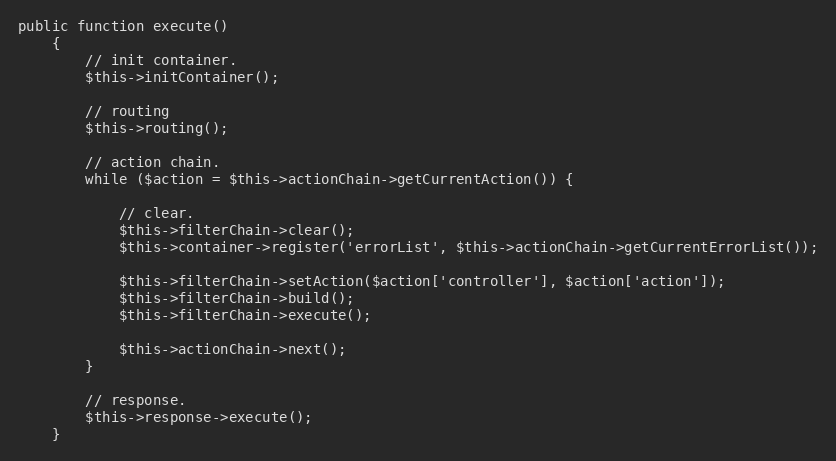
Language: PHP
public function execute()
    {
        // init container.
        $this->initContainer();

        // routing
        $this->routing();

        // action chain.
        while ($action = $this->actionChain->getCurrentAction()) {

            // clear.
            $this->filterChain->clear();
            $this->container->register('errorList', $this->actionChain->getCurrentErrorList());

            $this->filterChain->setAction($action['controller'], $action['action']);
            $this->filterChain->build();
            $this->filterChain->execute();

            $this->actionChain->next();
        }

        // response.
        $this->response->execute();
    }